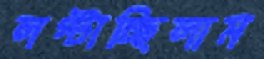
লপ্‌টাচ্ছিলাম